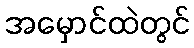
အမှောင်ထဲတွင်